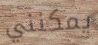
يمكنني